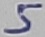
Text: 5